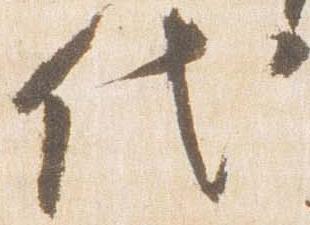
代